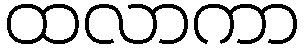
ထလာကာ